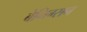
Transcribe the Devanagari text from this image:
बेनिग्सन